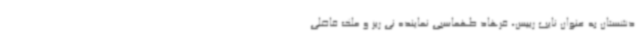
دشستان به عنوان نایب رییس، فرهاد طهماسبی نماینده نی ریز و ملک فاضلی